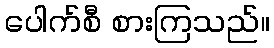
ပေါက်စီ စားကြသည်။